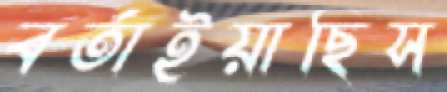
বর্তাইয়াছিস